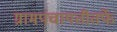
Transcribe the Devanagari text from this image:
ग्रामपंचायतीतर्फे